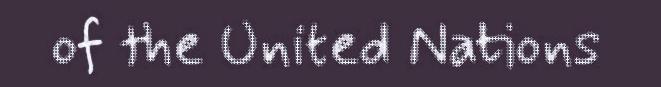
of the United Nations